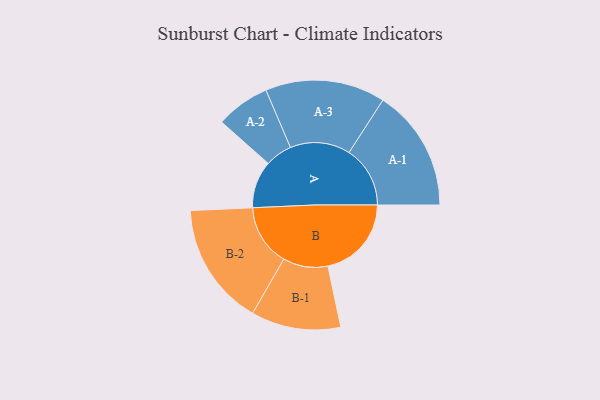
{"axis": {"x": "Segment", "y": "Value"}, "legend": ["", "A", "B"], "data": [{"x": "A", "y": 215, "type": ""}, {"x": "B", "y": 380, "type": ""}, {"x": "A-1", "y": 278, "type": "A"}, {"x": "A-2", "y": 123, "type": "A"}, {"x": "A-3", "y": 273, "type": "A"}, {"x": "B-1", "y": 204, "type": "B"}, {"x": "B-2", "y": 280, "type": "B"}]}